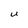
Character: U